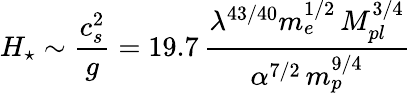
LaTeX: H_{\star}\sim\frac{c_{s}^{2}}{g}=19.7\, \frac{\lambda^{43/40}m_{e}^{1/2}\, M_{pl}^{3/4}}{\alpha^{7/2}\, m_{p}^{9/4}}